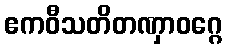
ဧကဝီသတိတဏှာဝဂ္ဂေ